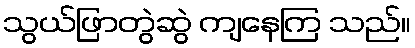
သွယ်ဖြာတွဲဆွဲ ကျနေကြ သည်။